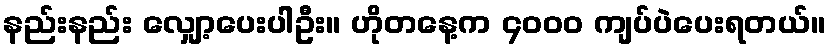
နည်းနည်း လျှော့ပေးပါဦး။ ဟိုတနေ့က ၄၀၀၀ ကျပ်ပဲပေးရတယ်။